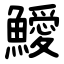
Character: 鱫